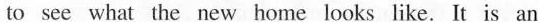
to see what the new home looks like. It is an